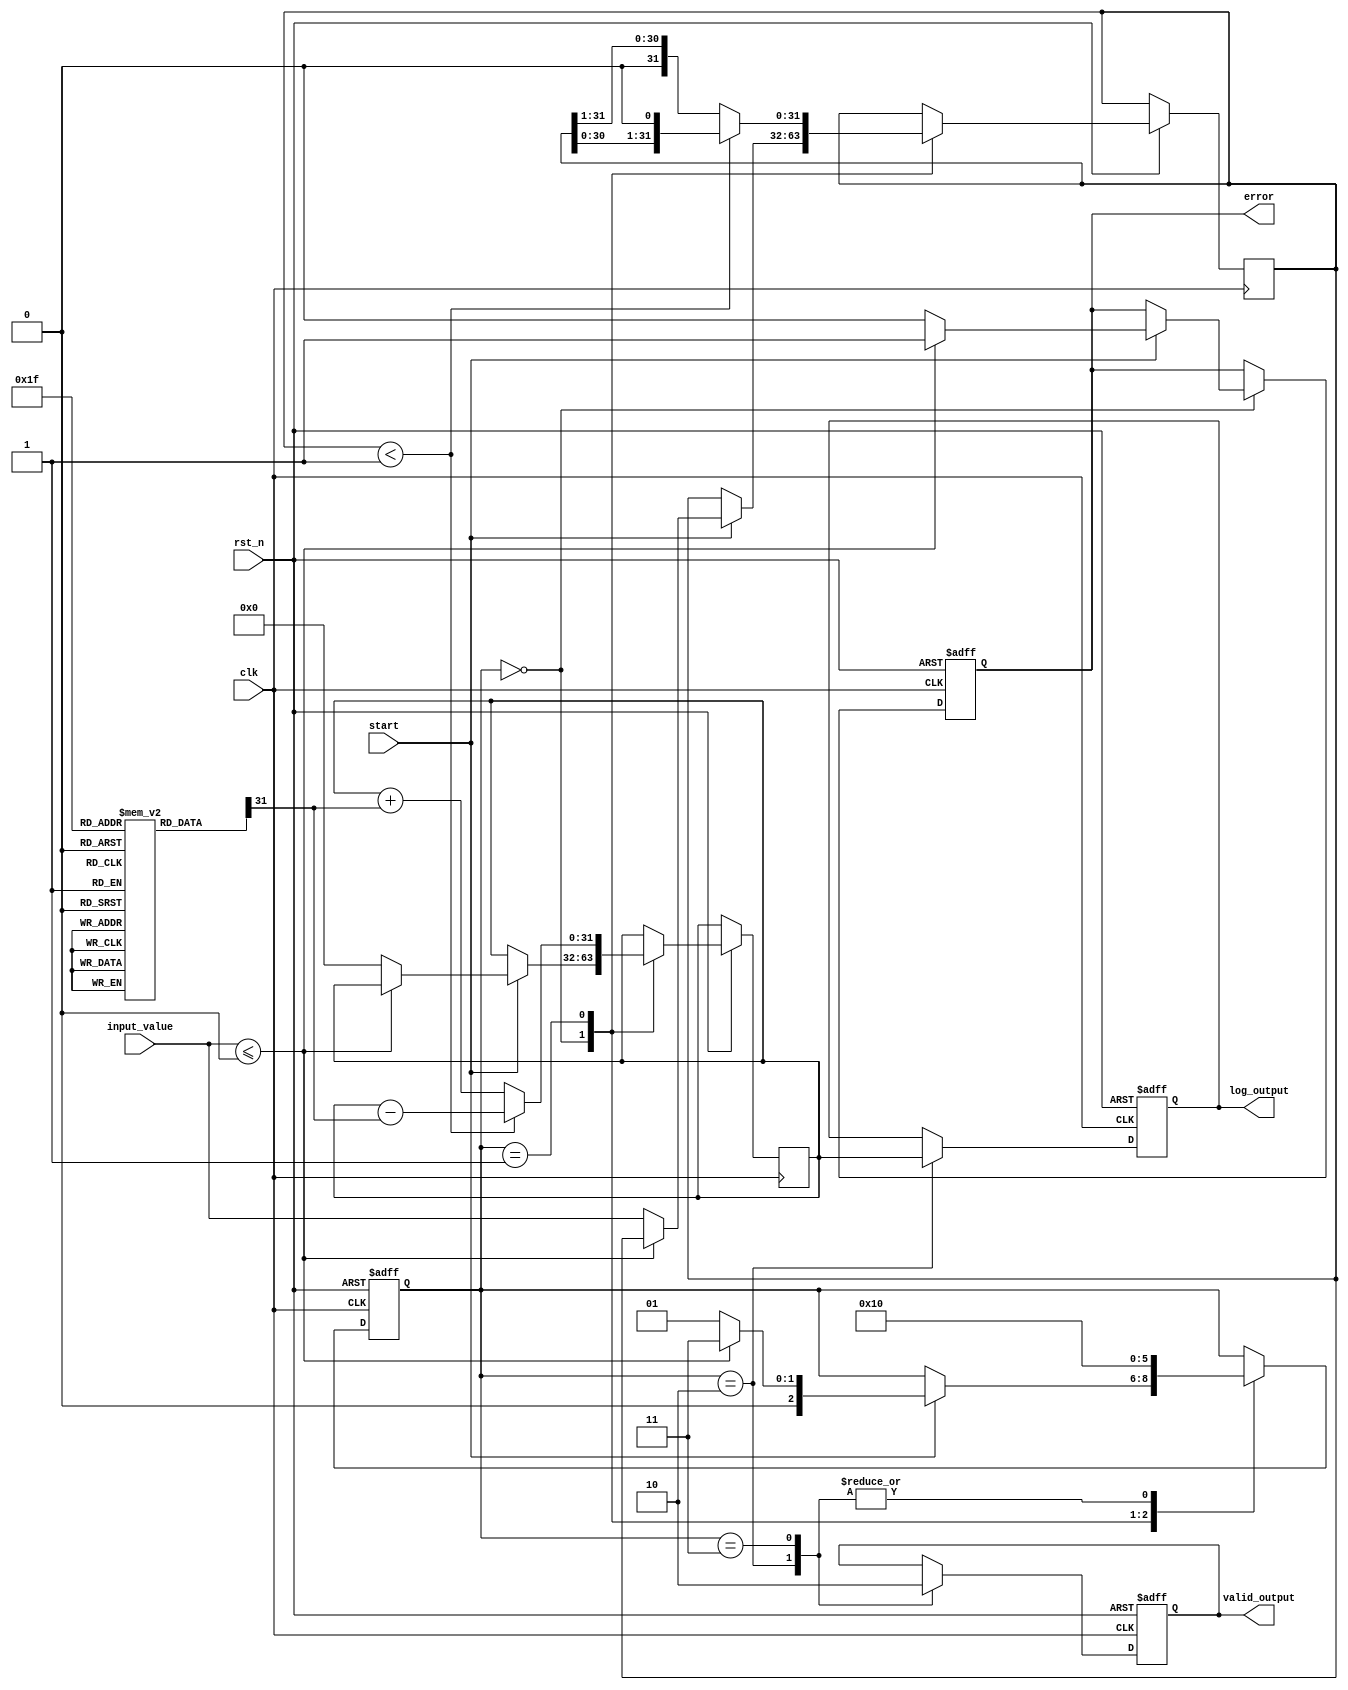
module LogarithmicUnit (
    input wire clk,
    input wire rst_n,
    input wire [31:0] input_value, // Assume input is a fixed-point number
    input wire start,
    output reg [31:0] log_output, // Output logarithmic value in fixed-point
    output reg valid_output, // Signal indicating valid output
    output reg error // Signal for error conditions
);

    // Internal states
    reg [2:0] state;
    reg [31:0] x; // Working variable for CORDIC
    reg [31:0] z; // Angle accumulator
    reg [31:0] K [0:31]; // CORDIC gain values
    integer i;

    // State machine states
    localparam IDLE = 3'b000,
               CALCULATE = 3'b001,
               OUTPUT = 3'b010,
               ERROR = 3'b011;

    // Initialize CORDIC gain values
    initial begin
        K[0] = 32'h00000000; // Add the appropriate gain values here
        // Fill K with appropriate CORDIC constants
        // K[i] = K[i-1] * atan(2^-i)
    end

    // CORDIC Logarithm calculation process
    always @(posedge clk or negedge rst_n) begin
        if (!rst_n) begin
            state <= IDLE;
            log_output <= 32'b0;
            valid_output <= 1'b0;
            error <= 1'b0;
        end else begin
            case(state)
                IDLE: begin
                    if (start) begin
                        if (input_value <= 32'b0) begin
                            error <= 1'b1; // Invalid input
                            state <= ERROR;
                        end else begin
                            x <= input_value; // Store input
                            z <= 32'b0; // Initial angle
                            state <= CALCULATE;
                            error <= 1'b0;
                        end
                    end
                end

                CALCULATE: begin
                    for (i = 0; i < 32; i = i + 1) begin
                        if (x < 32'h00000001) begin
                            z <= z - (K[i] >> i); // Update angle
                            x <= x << 1; // Shift
                        end else begin
                            z <= z + (K[i] >> i); // Update angle
                            x <= x >> 1; // Shift
                        end
                    end
                    state <= OUTPUT;
                end

                OUTPUT: begin
                    log_output <= z; // Output the result
                    valid_output <= 1'b1; // Indicate valid output
                    state <= IDLE; // Go back to IDLE
                end

                ERROR: begin
                    valid_output <= 1'b0; // No valid output in error state
                    state <= IDLE; // Reset to IDLE
                end
            endcase
        end
    end
endmodule